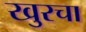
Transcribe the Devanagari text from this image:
खुरचा